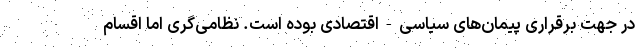
در جهت برقراری پیمان‌های سیاسی-اقتصادی بوده است. نظامی‌گری اما اقسام